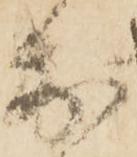
前